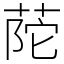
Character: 𦱆